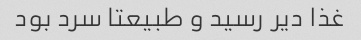
غذا دیر رسید و طبیعتا سرد بود